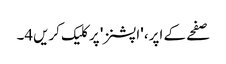
صفحے کے اپر، 'اپشنز' پر کلیک کریں4۔